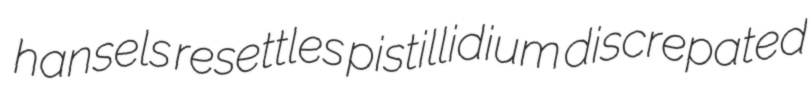
hansels resettles pistillidium discrepated